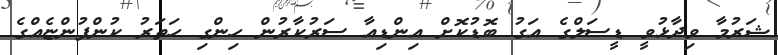
ޝަރުމާ ވިދާޅުވީ ޑީސަލްގެ އަގު ބޮޑުކޮށް އިންޑިއާ ސަރުކާރުން ހިންގި ހަތަރު ކުންފުންޏެއްގެ